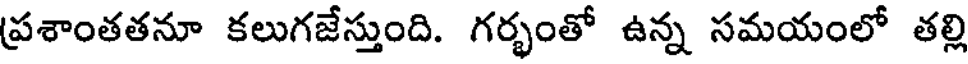
ప్రశాంతతనూ కలుగజేస్తుంది. గర్భంతో ఉన్న సమయంలో తల్లి